Report on plague and inoculation in the Punjab from October 1st ... to September 30th..., being the ... season of plague in the province
Disease focus: Plague
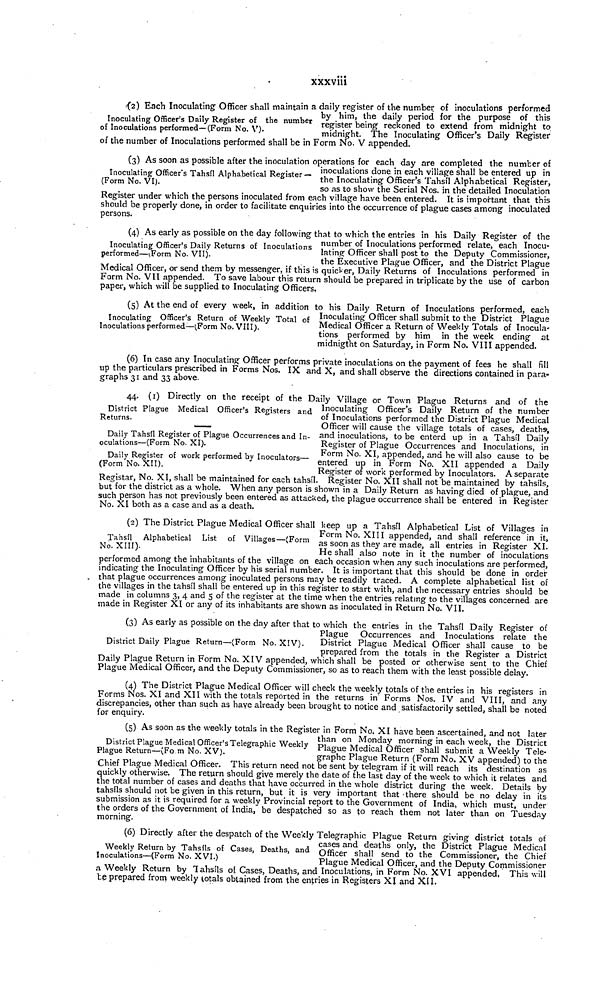
xxxviii
Inoculating Officer's Daily Register of the number
of Inoculations performed—(Form No. V).
(2) Each Inoculating Officer shall maintain a daily register of the number of inoculations performed
by him, the daily period for the purpose of this
register being reckoned to extend from midnight to
midnight. The Inoculating Officer's Daily Register
of the number of Inoculations performed shall be in Form No. V appended.
Inoculating Officer's Tahsil Alphabetical Register —
(Form No. VI).
(3) As soon as possible after the inoculation operations for each day are completed the number of
inoculations done in each village shall be entered up in
the Inoculating Officer's Tahsil Alphabetical Register,
so as to show the Serial Nos. in the detailed Inoculation
Register under which the persons inoculated from each village have been entered. It is important that this
should be properly done, in order to facilitate enquiries into the occurrence of plague cases among inoculated
persons.
Inoculating Officer's Daily Returns of Inoculations
performed—(Form No. VII).
(4) As early as possible on the day following that to which the entries in his Daily Register of the
number of Inoculations performed relate, each Inocu-
lating Officer shall post to the Deputy Commissioner,
the Executive Plague Officer, and the District Plague
Medical Officer, or send them by messenger, if this is quicker, Daily Returns of Inoculations performed in
Form No. VII appended. To save labour this return should be prepared in triplicate by the use of carbon
paper, which will be supplied to Inoculating Officers,
Inoculating Officer's Return of Weekly Total of
Inoculations performed—(Form No. VIII).
(5) At the end of every week, in addition to his Daily Return of Inoculations performed, each
Inoculating Officer shall submit to the District Plague
Medical Officer a Return of Weekly Totals of Inocula-
tions performed by him in the week ending at
midnigtht on Saturday, in Form No. VIII appended.
(6) In case any Inoculating Officer performs private inoculations on the payment of fees he shall fill
up the particulars prescribed in Forms Nos. IX and X, and shall observe the directions contained in para-
graphs 31 and 33 above.
Daily Tahsil Register of Plague Occurrences and In-
oculations—(Form No. XI).
Daily Register of work performed by Inoculators—
(Form No. XII),
44. (1) Directly on the receipt of the Daily Village or Town Plague Returns and of the
District Plague Medical Officer's Registers and Inoculating Officer's Daily Return of the number
Returns.
of Inoculations performed the District Plague Medical
Officer will cause the village totals of cases, deaths,
and inoculations, to be enterd up in a Tahsil Daily
Register of Plague Occurrences and Inoculations, in
Form No. XI, appended, and he will also cause to be
entered up in Form No. XII appended a Daily
Register of work performed by Inoculators. A separate
Registar, No. XI, shall be maintained for each tahsil. Register No. XII shall not be maintained by tahsils,
but for the district as a whole. When any person is shown in a Daily Return as having died of plague, and
such person has not previously been entered as attacked, the plague occurrence shall be entered in Register
No. XI both as a case and as a death.
Tahsil Alphabetical List of Villages—(Form
No. XIII).
(2) The District Plague Medical Officer shall keep up a Tahsil Alphabetical List of Villages in
Form No. XIII appended, and shall reference in it,
as soon as they are made, all entries in Register XI.
He shall also note in it the number of inoculations
performed among the inhabitants of the village on each occasion when any such inoculations are performed,
indicating the Inoculating Officer by his serial number. It is important that this should be done in order
that plague occurrences among inoculated persons may be readily traced. A complete alphabetical list of
the villages in the tahsil shall be entered up in this register to start with, and the necessary entries should be
made in columns 3, 4 and 5 of the register at the time when the entries relating to the villages concerned are
made in Register XI or any of its inhabitants are shown as inoculated in Return No. VII.
District Daily Plague Return—(Form No. XIV).
(3) As early as possible on the day after that to which the entries in the Tahsil Daily Register of
Plague Occurrences and Inoculations relate the
District Plague Medical Officer shall cause to be
prepared from the totals in the Register a District
Daily Plague Return in Form No. XIV appended, which shall be posted or otherwise sent to the Chief
Plague Medical Officer, and the Deputy Commissioner, so as to reach them with the least possible delay.
(4) The District Plague Medical Officer will check the weekly totals of the entries in his registers in
Forms Nos. XI and XII with the totals reported in the returns in Forms Nos. IV and VIII, and any
discrepancies, other than such as have already been brought to notice and satisfactorily settled, shall be noted
for enquiry.
District Plague Medical Officer's Telegraphic Weekly
Plague Return—(Fo m No. XV).
(5) As soon as the weekly totals in the Register in Form No. XI have been ascertained, and not later
than on Monday morning in each week, the District
Plague Medical Officer shall submit a Weekly Tele-
graphe Plague Return (Form No. XV appended) to the
Chief Plague Medical Officer. This return need not be sent by telegram if it will reach its destination as
quickly otherwise. The return should give merely the date of the last day of the week to which it relates and
the total number of cases and deaths that have occurred in the whole district during the week. Details by
tahsils should not be given in this return, but it is very important that there should be no delay in its
submission as it is required for a weekly Provincial report to the Government of India, which must, under
the orders of the Government of India, be despatched so as to reach them not later than on Tuesday
morning.
Weekly Return by Tahsils of Cases, Deaths, and
Inoculations—(Form No. XVI.)
(6) Directly after the despatch of the Weekly Telegraphic Plague Return giving district totals of
cases and deaths only, the District Plague Medical
Officer shall send to the Commissioner, the Chief
Plague Medical Officer, and the Deputy Commissioner
a Weekly Return by Tahsils of Cases, Deaths, and Inoculations, in Form No. XVI appended, This will
be prepared from weekly totals obtained from the entries in Registers XI and XII.